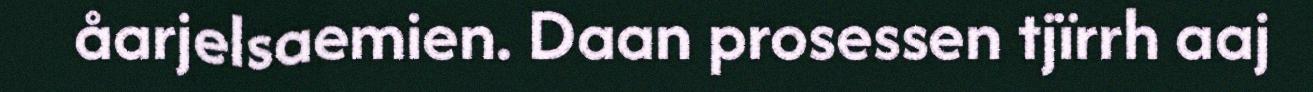
åarjelsaemien. Daan prosessen tjïrrh aaj